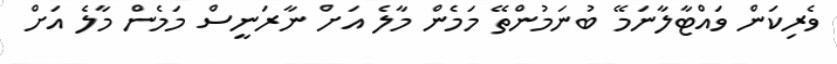
ވެރިކަން ވައްޓާލާނަމޭ ބުނަމުންތޭ މަމެން މާލެ އަށް ނާރަނީސް މަމެން މާލެ އަށް